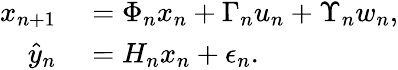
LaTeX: \begin{array}{rl}{x_{n+1}}&{{}=\Phi_{n}x_{n}+\Gamma_{n}u_{n}+\Upsilon_{n}w_{n},}\\ {\hat{y}_{n}}&{{}=H_{n}x_{n}+\epsilon_{n}.}\end{array}